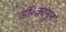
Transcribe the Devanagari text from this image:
डॉ॰क़ानून